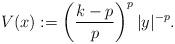
LaTeX: \begin{align*}V(x) := \left(\frac{k-p}p\right)^p|y|^{-p}.\end{align*}